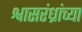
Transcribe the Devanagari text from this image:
श्वासरंध्रांच्या